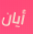
أيان